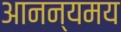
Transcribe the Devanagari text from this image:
आनन्यमय